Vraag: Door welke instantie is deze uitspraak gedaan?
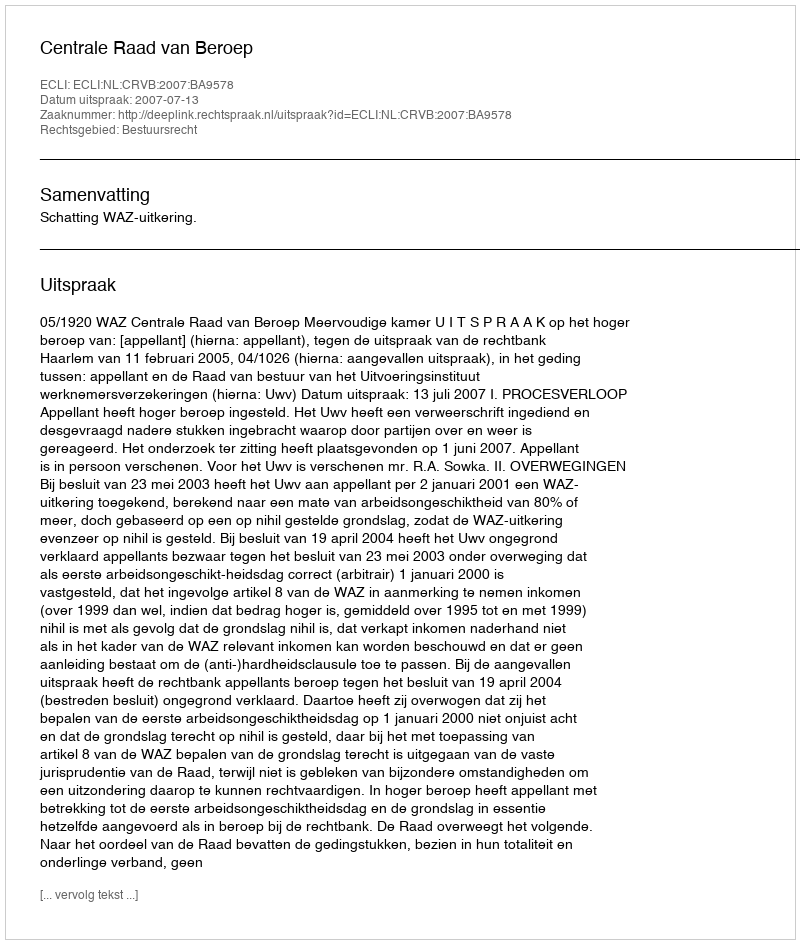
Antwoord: Centrale Raad van Beroep